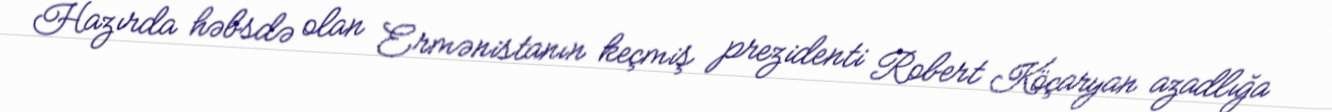
Hazırda həbsdə olan Ermənistanın keçmiş prezidenti Robert Köçaryan azadlığa